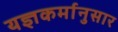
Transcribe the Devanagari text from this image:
यज्ञकर्मानुसार